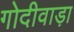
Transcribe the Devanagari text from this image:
गोदीवाड़ा